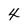
Character: 4